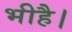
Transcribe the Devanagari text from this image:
भीहै।